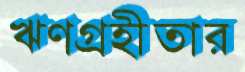
ঋণগ্রহীতার